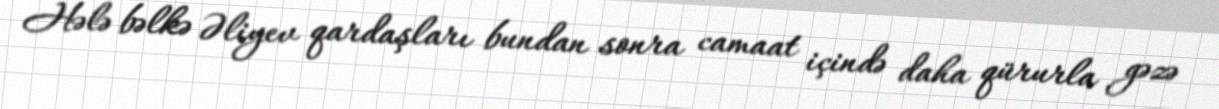
Hələ bəlkə Əliyev qardaşları bundan sonra camaat içində daha qürurla gəzə